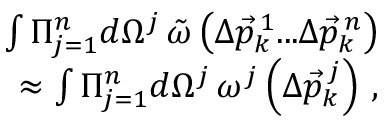
\begin{array} { r l r } & { } & { \int \Pi _ { j = 1 } ^ { n } d \Omega ^ { j } \, \tilde { \omega } \left( \Delta \vec { p } _ { k } ^ { \, 1 } . . . \Delta \vec { p } _ { k } ^ { \, n } \right) } \\ & { } & { \approx \int \Pi _ { j = 1 } ^ { n } d \Omega ^ { j } \, \omega ^ { j } \left( \Delta \vec { p } _ { k } ^ { \, j } \right) \, , } \end{array}